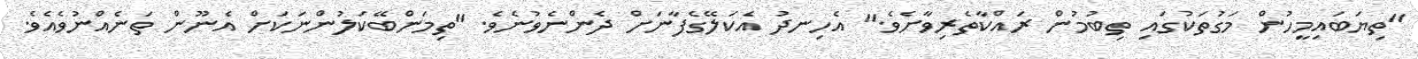
"ތިޔަބައިމީހުން މަގުތަކުގައި ތިބުމުން ރައްކާތެރިވާށެވެ." އެހިނދު އެކަލޭގެފާނަށް ދެންނެވުނެވެ. "ތިމަންބޭކަލުންނަކަށް އެނޫން ތަނެއްނުވެއެވެ.